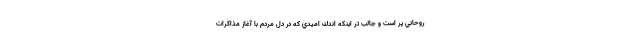
روحاني پر است و جالب تر اينكه اندك اميدي كه در دل مردم با آغاز مذاكرات